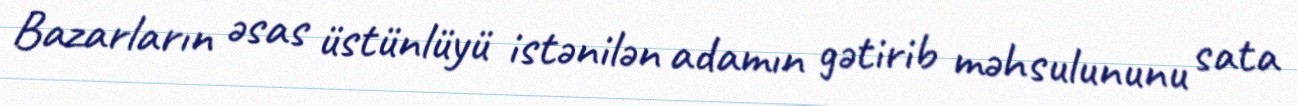
Bazarların əsas üstünlüyü istənilən adamın gətirib məhsulununu sata